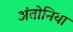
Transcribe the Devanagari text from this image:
अंतोनिया